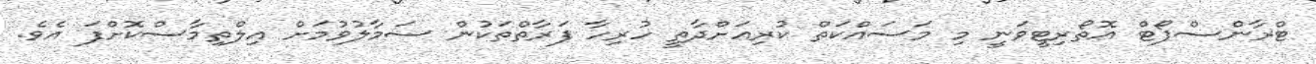
ޓްރާންސްޕޯޓް އޮތޯރިޓީވަނީ މި މަސައްކަތް ކުރިއަށްދާތީ ހުރިހާ ފަރާތްތަކުން ސަމާލުވުމަށް އިލްތިމާސްކޮށްފަ އެވެ.